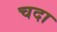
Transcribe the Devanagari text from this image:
चदा